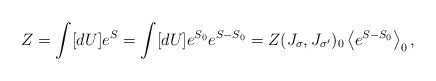
\begin{align*}Z=\int[dU]e^{S}=\int[dU]e^{S_0}e^{S-S_0}=Z(J_\sigma, J_{\sigma'})_0\left\langle e^{S-S_0} \right\rangle_0,\end{align*}